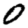
Digit: 0